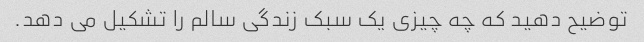
توضیح دهید که چه چیزی یک سبک زندگی سالم را تشکیل می دهد.